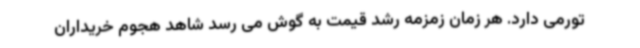
تورمی دارد. هر زمان زمزمه رشد قیمت به گوش می رسد شاهد هجوم خریداران